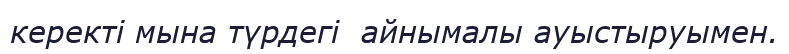
керекті мына түрдегі  айнымалы ауыстыруымен.